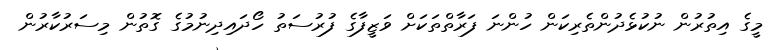
މީގެ އިތުރުން ނުކުޅެދުންތެރިކަން ހުންނަ ފަރާތްތަކަށް ވަޒީފާގެ ފުރުސަތު ހޯދައިދިނުމުގެ ގޮތުން މިސަރުކާރުން